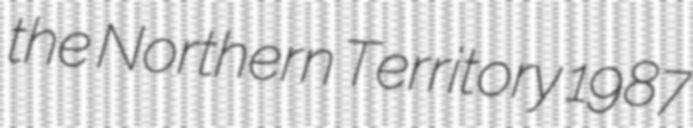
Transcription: the Northern Territory 1987